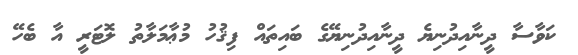
ކަވާސާ ދީނާއިދުނިޔެ ދީނާއިދުނިޔޭގެ ބައިތައް ފިޤުހު މުޢާމަލާތު ލޮޓަރީ އާ ބެހޭ